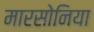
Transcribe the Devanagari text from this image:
मारसोनिया